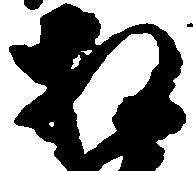
相